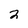
Character: 2